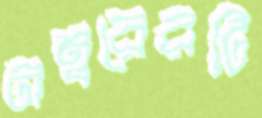
নম্বরেরটি